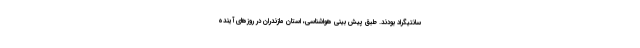
سانتیگراد بودند. طبق پیش بینی هواشناسی، استان مازندران در روزهای آینده